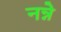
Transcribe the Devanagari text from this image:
नन्ने